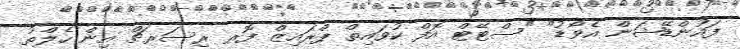
ފައުންޑޭޝަން އެވޯޑު" "ސްޓޭޓް އޮފް ކުވައިތް ޕްރައިޒް ފޮރ ރިސަރޗް އިން ހެލްތު